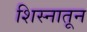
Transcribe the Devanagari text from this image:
शिस्नातून